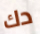
دك